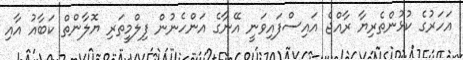
އަހަރުގެ ކުޅުންތެރިޔާ ރާއްޖެ އައިސްފައިވަނީ އޭނާގެ އަންހެނުން ފިލްމީތަރި ޔޮލާންތް ކަބާއު އާއި